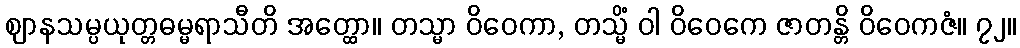
ဈာနသမ္ပယုတ္တဓမ္မရာသီတိ အတ္ထော။ တသ္မာ ဝိဝေကာ, တသ္မိံ ဝါ ဝိဝေကေ ဇာတန္တိ ဝိဝေကဇံ။ ၇၂။